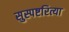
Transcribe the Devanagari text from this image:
सुस्पष्टरित्या